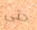
حتى